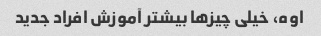
اوه، خیلی چیزها بیشتر آموزش افراد جدید